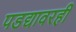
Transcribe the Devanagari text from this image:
पडद्यावरही